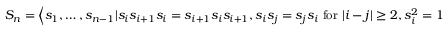
S _ { n } = \left\langle s _ { 1 } , \ldots , s _ { n - 1 } | s _ { i } s _ { i + 1 } s _ { i } = s _ { i + 1 } s _ { i } s _ { i + 1 } , s _ { i } s _ { j } = s _ { j } s _ { i } { \mathrm { ~ f o r ~ } } | i - j | \geq 2 , s _ { i } ^ { 2 } = 1 \right\rangle .